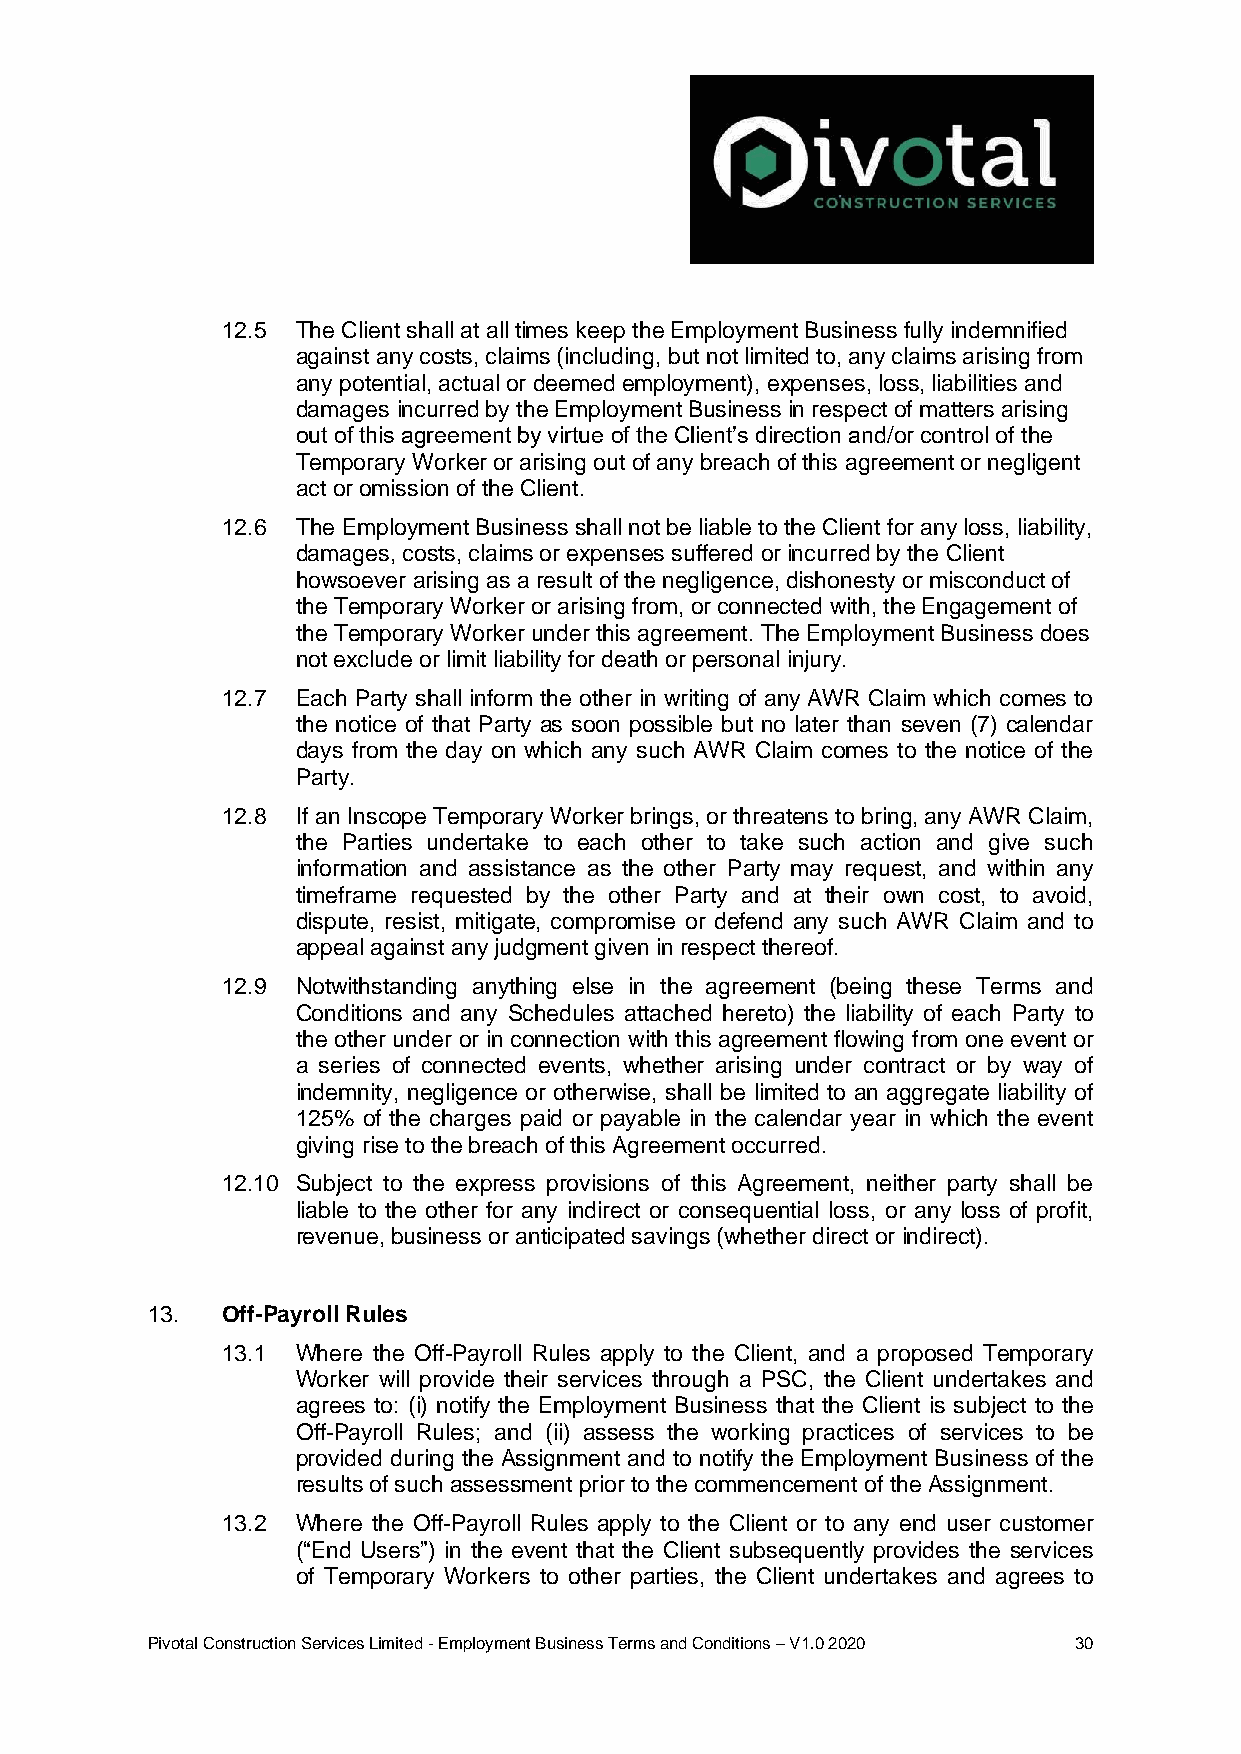
12.5 The Client shall at all times keep the Employment Business fully indemnified
 against any costs, claims (including, but not limited to, any claims arising from
 any potential, actual or deemed employment), expenses, loss, liabilities and
 damages incurred by the Employment Business in respect of matters arising
 out of this agreement by virtue of the Client’s direction and/or control of the
 Temporary Worker or arising out of any breach of this agreement or negligent
 act or omission of the Client.
 12.6 The Employment Business shall not be liable to the Client for any loss, liability,
 damages, costs, claims or expenses suffered or incurred by the Client
 howsoever arising as a result of the negligence, dishonesty or misconduct of
 the Temporary Worker or arising from, or connected with, the Engagement of
 the Temporary Worker under this agreement. The Employment Business does
 not exclude or limit liability for death or personal injury.
 12.7 Each Party shall inform the other in writing of any AWR Claim which comes to
 the notice of that Party as soon possible but no later than seven (7) calendar
 days from the day on which any such AWR Claim comes to the notice of the
 Party.
 12.8 If an Inscope Temporary Worker brings, or threatens to bring, any AWR Claim,
 the Parties undertake to each other to take such action and give such
 information and assistance as the other Party may request, and within any
 timeframe requested by the other Party and at their own cost, to avoid,
 dispute, resist, mitigate, compromise or defend any such AWR Claim and to
 appeal against any judgment given in respect thereof.
 12.9 Notwithstanding anything else in the agreement (being these Terms and
 Conditions and any Schedules attached hereto) the liability of each Party to
 the other under or in connection with this agreement flowing from one event or
 a series of connected events, whether arising under contract or by way of
 indemnity, negligence or otherwise, shall be limited to an aggregate liability of
 125% of the charges paid or payable in the calendar year in which the event
 giving rise to the breach of this Agreement occurred.
 12.10 Subject to the express provisions of this Agreement, neither party shall be
 liable to the other for any indirect or consequential loss, or any loss of profit,
 revenue, business or anticipated savings (whether direct or indirect).
 13.  Off-Payroll Rules
 13.1 Where the Off-Payroll Rules apply to the Client, and a proposed Temporary
 Worker will provide their services through a PSC, the Client undertakes and
 agrees to: (i) notify the Employment Business that the Client is subject to the
 Off-Payroll Rules; and (ii) assess the working practices of services to be
 provided during the Assignment and to notify the Employment Business of the
 results of such assessment prior to the commencement of the Assignment.
 13.2 Where the Off-Payroll Rules apply to the Client or to any end user customer
 (“End Users”) in the event that the Client subsequently provides the services
 of Temporary Workers to other parties, the Client undertakes and agrees to
 Pivotal Construction Services Limited - Employment Business Terms and Conditions – V1.0 2020 30